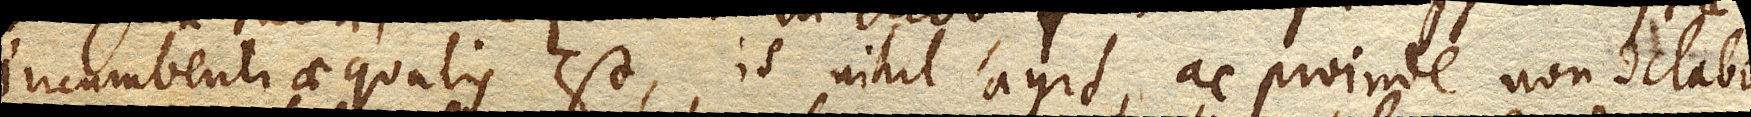
incumbenti aequalis est, is nihil agit, ac proinde non delabitur,